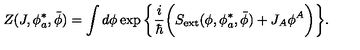
Z ( J , \phi _ { a } ^ { * } , \bar { \phi } ) = \int d \phi \exp \bigg \{ \frac { i } { \hbar } \bigg ( S _ { \mathrm { e x t } } ( \phi , \phi _ { a } ^ { * } , \bar { \phi } ) + J _ { A } \phi ^ { A } \bigg ) \bigg \} .